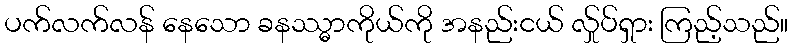
ပက်လက်လန် နေသော ခနဿ္ဓာကိုယ်ကို အနည်းငယ် လ်ှုပ်ရှား ကြည့်သည်။